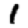
Digit: 1